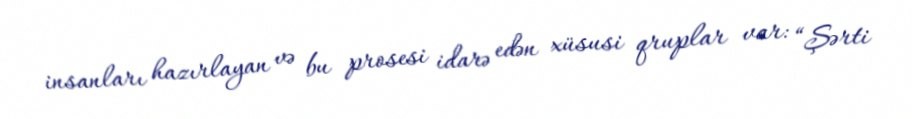
insanları hazırlayan və bu prosesi idarə edən xüsusi qruplar var: “Şərti